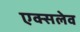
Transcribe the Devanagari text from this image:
एक्सलेव